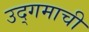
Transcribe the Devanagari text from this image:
उद्‌गमाची